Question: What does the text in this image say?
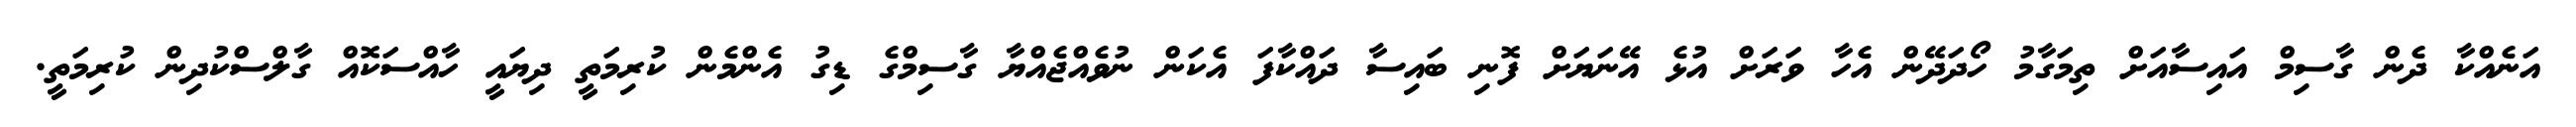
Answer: އަނެއްކާ ދެން ގާސިމް އައިސާއަށް ތިމަގާމު ހޯދަދޭން އެހާ ވަރަށް އުޅެ އޭނަޔަށް ފޮނި ބައިސާ ދައްކާފަ އެކަން ނުވެއްޖެއްޔާ ގާސިމްގެ ޑިގު އެންމެން ކުރިމަތީ ދިޔައީ ހާއްސަކޮއް ގާލްސްކުދިން ކުރިމަތީ.